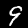
Digit: 9